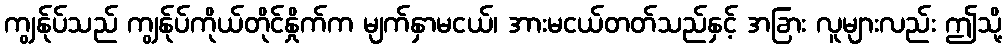
ကျွန်ုပ်သည် ကျွန်ုပ်ကိုယ်တိုင်နှိုက်က မျက်နှာမငယ်၊ အားမငယ်တတ်သည်နှင့် အခြား လူများလည်း ဤသို့